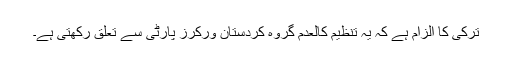
ترکی کا الزام ہے کہ یہ تنظیم کالعدم گروہ کردستان ورکرز پارٹی سے تعلق رکھتی ہے۔